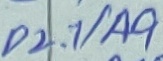
Text: P2.1/A9